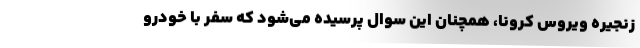
زنجیره ویروس کرونا، همچنان این سوال پرسیده می‌شود که سفر با خودرو